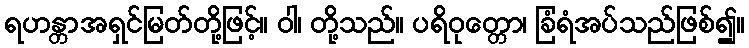
ရဟန္တာအရှင်မြတ်တို့ဖြင့်။ ဝါ၊ တို့သည်။ ပရိဝုတ္တော၊ ခြံရံအပ်သည်ဖြစ်၍။